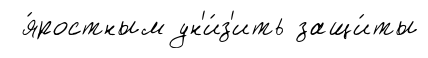
я́ростным ун'и́з'ить защи́ты